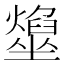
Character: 𡓢